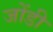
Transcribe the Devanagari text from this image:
जोंडी